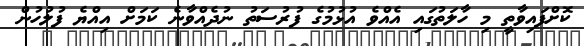
ކޮށްފައިވާތީ މި ހާލަތުގައި އެއްވެ އުޅުމުގެ ފުރުސަތު ނުދެއްވާނެ ކަމަށް އިއްޔެ ފުލުހުން